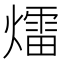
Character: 𤐝